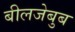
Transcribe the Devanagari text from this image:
बीलजेबुब